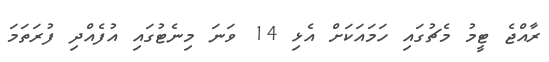
ރާއްޖެ ޓީމު މެޗުގައި ހަމައަކަށް އެޅި 14 ވަނަ މިނެޓުގައި އުފެއްދި ފުރަތަމަ